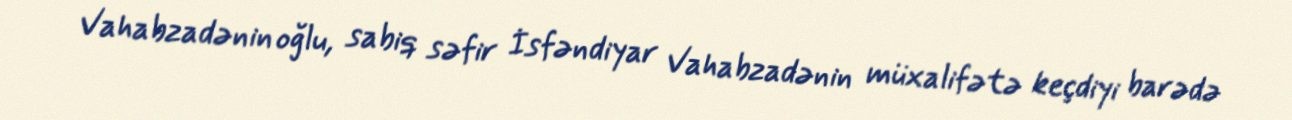
Vahabzadənin oğlu, sabiq səfir İsfəndiyar Vahabzadənin müxalifətə keçdiyi barədə